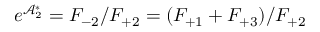
e ^ { \mathcal { A } _ { 2 } ^ { \ast } } = F _ { - 2 } / F _ { + 2 } = ( F _ { + 1 } + F _ { + 3 } ) / F _ { + 2 }